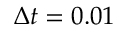
\Delta t = 0 . 0 1